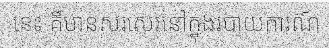
នេះ គឺមានសរសេរនៅក្នុងរបាយការណ៍